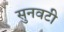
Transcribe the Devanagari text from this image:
सुनवटी